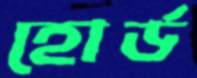
হোর্ড